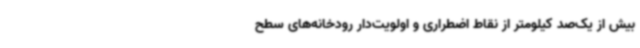
بیش از یک‌صد کیلومتر از نقاط اضطراری و اولویت‌دار رودخانه‌های سطح